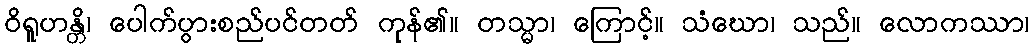
ဝိရူဟန္တိ၊ ပေါက်ပွားစည်ပင်တတ် ကုန်၏။ တသ္မာ၊ ကြောင့်။ သံဃော၊ သည်။ လောကဿာ၊